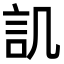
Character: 𮗸